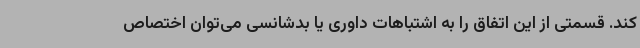
کند. قسمتی از این اتفاق را به اشتباهات داوری یا بدشانسی می‌توان اختصاص